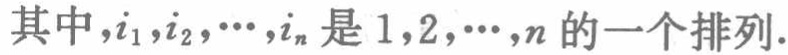
其中，\(i_{1},i_{2},\cdots,i_{n}\)是\(1,2,\cdots,n\)的一个排列.